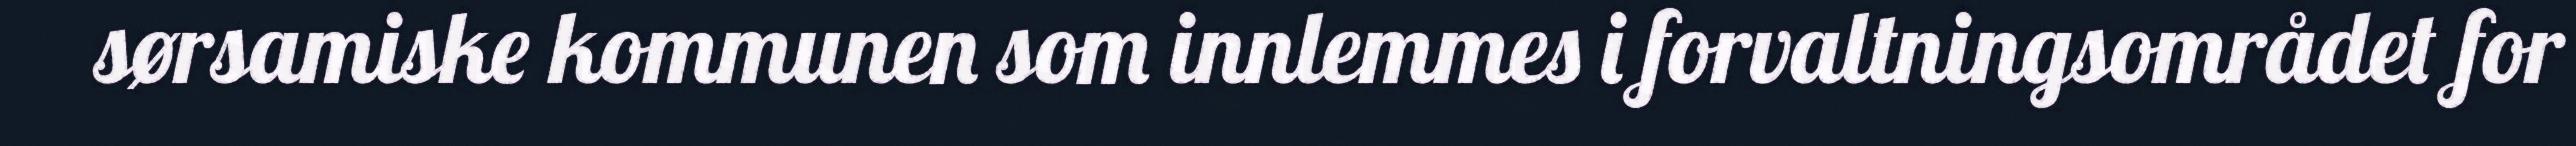
sørsamiske kommunen som innlemmes i forvaltningsområdet for